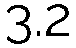
3.2